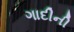
ગાદીની